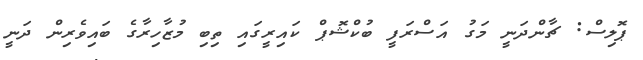
ޕޮލިސް: ޗާންދަނީ މަގު އަސްރަފީ ބުކްޝޮޕް ކައިރީގައި ތިބި މުޒާހިރާގެ ބައިވެރިން ދަނީ